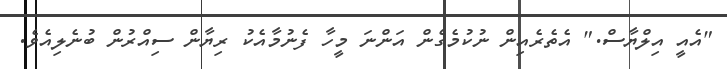
"އެއީ އިލްޔާސް." އެތެރެއިން ނުކުމެގެން އަންނަ މީހާ ފެނުމާއެކު ރިޔާން ސިއްރުން ބުނެލިއެވެ.